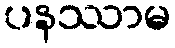
ပနဿာမ